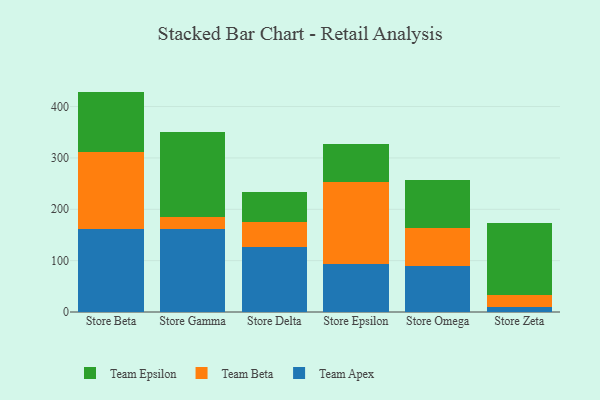
{"axis": {"x": "Store", "y": "Headcount"}, "legend": ["Team Apex", "Team Beta", "Team Epsilon"], "data": [{"x": "Store Beta", "y": 162.2, "type": "Team Apex"}, {"x": "Store Beta", "y": 149.2, "type": "Team Beta"}, {"x": "Store Beta", "y": 117.7, "type": "Team Epsilon"}, {"x": "Store Gamma", "y": 162.2, "type": "Team Apex"}, {"x": "Store Gamma", "y": 22.9, "type": "Team Beta"}, {"x": "Store Gamma", "y": 166.3, "type": "Team Epsilon"}, {"x": "Store Delta", "y": 126.9, "type": "Team Apex"}, {"x": "Store Delta", "y": 48.0, "type": "Team Beta"}, {"x": "Store Delta", "y": 58.6, "type": "Team Epsilon"}, {"x": "Store Epsilon", "y": 93.2, "type": "Team Apex"}, {"x": "Store Epsilon", "y": 160.7, "type": "Team Beta"}, {"x": "Store Epsilon", "y": 72.6, "type": "Team Epsilon"}, {"x": "Store Omega", "y": 89.2, "type": "Team Apex"}, {"x": "Store Omega", "y": 75.0, "type": "Team Beta"}, {"x": "Store Omega", "y": 92.1, "type": "Team Epsilon"}, {"x": "Store Zeta", "y": 9.3, "type": "Team Apex"}, {"x": "Store Zeta", "y": 24.1, "type": "Team Beta"}, {"x": "Store Zeta", "y": 139.3, "type": "Team Epsilon"}]}